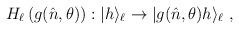
LaTeX: \begin{align*}H_\ell\left(g(\hat n,\theta)\right):|h\rangle_\ell\to |g(\hat n,\theta)h\rangle_\ell~,\end{align*}